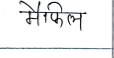
मजकूर: मैफिल